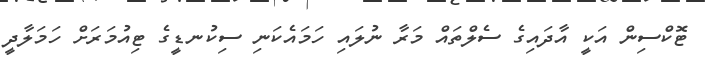
ޓޮކްސިން އަކީ އާދައިގެ ސެލްތައް މަރާ ނުލައި ހަމައެކަނި ސިކުނޑީގެ ޓިއުމަރަށް ހަމަލާދީ